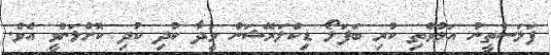
ފަލަސްތީނު އަޅުވެތި ކުރި ބަަފަލޯ ޑިކްލަރޭޝަން ވީދާ ކުދި ކުދި ކޮށްލަންވީ އެވެ.